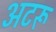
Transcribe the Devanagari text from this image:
अटरू